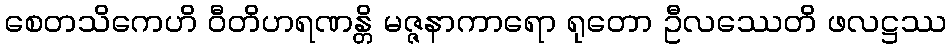
စေတသိကေဟိ ဝီတိဟရဏန္တိ မဇ္ဇနာကာရော ရုတော ဦလဿေတိ ဖလဋ္ဌဿ